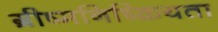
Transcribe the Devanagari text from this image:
ग्रीष्मनिष्क्रियता